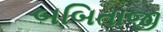
બબિતાજી